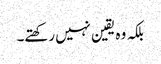
بلکہ وہ یقین نہیں رکھتے۔